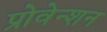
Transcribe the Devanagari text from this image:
प्रोवेन्शन